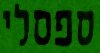
ספסלי